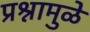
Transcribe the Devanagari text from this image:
प्रश्नामुळे